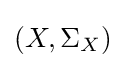
\left(X,\Sigma _{X}\right)